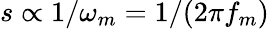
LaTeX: s\propto 1/\omega_{m}=1/(2\pi f_{m})